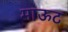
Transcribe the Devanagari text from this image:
माऊट